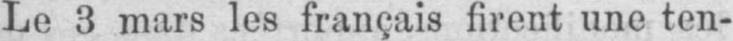
Le 3 mars les français firent une ten-